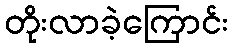
တိုးလာခဲ့ကြောင်း